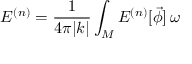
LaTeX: E ^ { ( n ) } = \frac { 1 } { 4 \pi | k | } \int _ { M } { \cal E } ^ { ( n ) } [ \vec { \phi } ] \, \omega